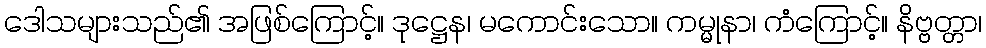
ဒေါသများသည်၏ အဖြစ်ကြောင့်။ ဒုဋ္ဌေန၊ မကောင်းသော။ ကမ္မုနာ၊ ကံကြောင့်။ နိဗ္ဗတ္တာ၊